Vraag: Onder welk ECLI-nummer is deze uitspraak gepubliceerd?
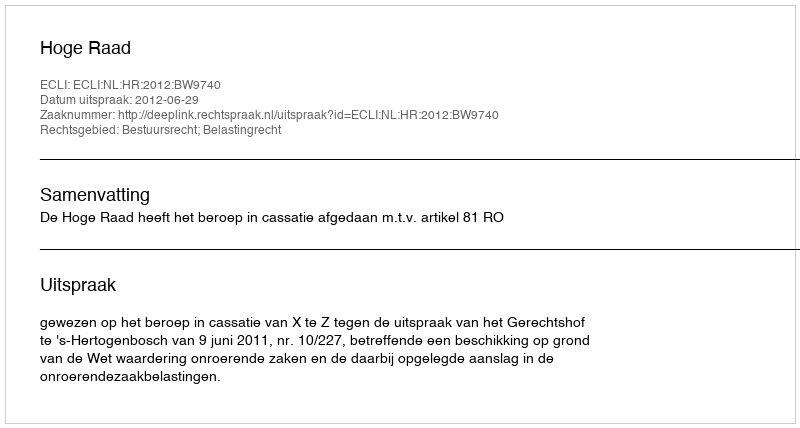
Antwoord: ECLI:NL:HR:2012:BW9740